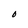
Character: O